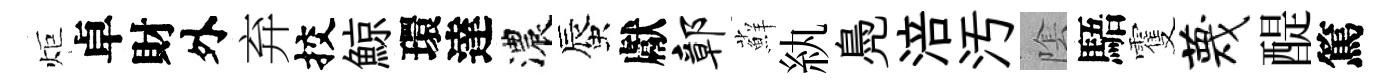
炬卓財外弃挍鯨環達濃蜃獻鄣蘚紈鳧涪汚隂䮏䨥蔑醍篤